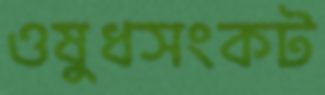
ওষুধসংকট